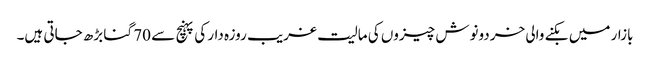
بازار میں بکنے والی خردونوش چیزوں کی مالیت غریب روزہ دار کی پہنچ سے 70 گنا بڑھ جاتی ہیں۔